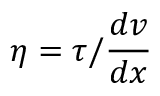
\eta = \tau / { \frac { d v } { d x } }